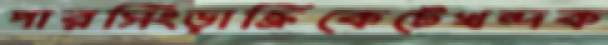
পারসিংড়াক্রিকেটেখন্দক